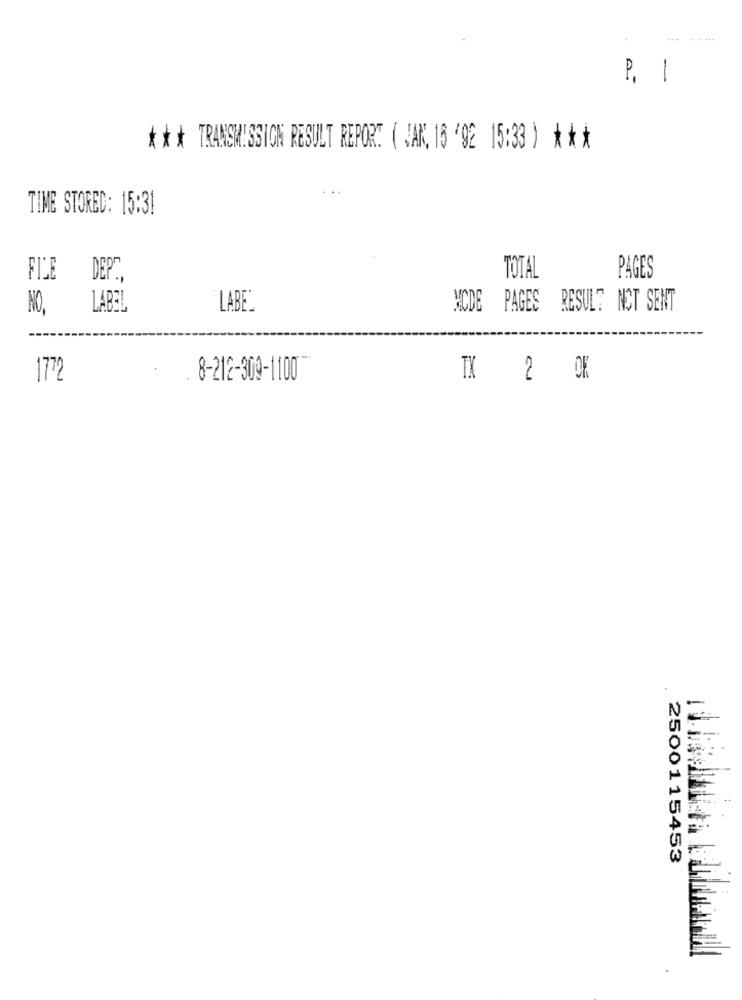
.....
P, 1
** * TRANSMISSION RESULT REPORT ( JAN, 16 '92 15:33 ) * * *
. ..
TIME STORED: 15:31
FILE
DEP.
TOTAL
PAGES
NO,
LABE.
MCDE PAGES RESUL? NCT SENT
1772
8-212-309-1100
TK
2
OK
2500115453